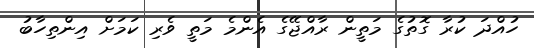
ހުއްދަ ކުރާ ގޮތުގެ މަތީން ރާއްޖޭގެ އެންމެ މަތީ ވެރި ކަމަށް އިންތިހާބު